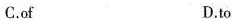
C.of D.to